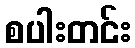
စပါးတင်း